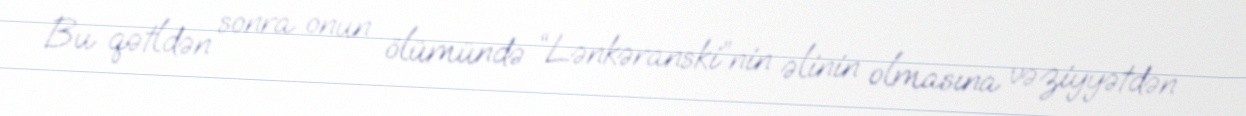
Bu qətldən sonra onun ölümündə “Lənkəranski”nin əlinin olmasına vəziyyətdən